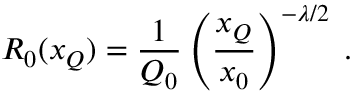
R _ { 0 } ( x _ { Q } ) = \frac { 1 } { Q _ { 0 } } \left( \frac { x _ { Q } } { x _ { 0 } } \right) ^ { - \lambda / 2 } \; .